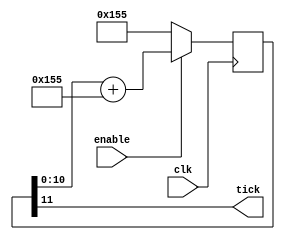
/* verilator lint_off WIDTHTRUNC */
/* verilator lint_off WIDTHEXPAND */

module uart_baud(
	input clk, enable,
	output tick  // generate a tick at the specified baud rate * oversampling
);
    parameter ClkFrequency = 12000000;
    parameter Baud = 2000000;
    parameter Oversampling = 1;

    function integer log2(input integer v); begin log2=0; while(v>>log2) log2=log2+1; end endfunction
    localparam AccWidth = log2(ClkFrequency/Baud)+8;  // +/- 2% max timing error over a byte
    reg [AccWidth:0] Acc = 0;
    localparam ShiftLimiter = log2(Baud*Oversampling >> (31-AccWidth));  // this makes sure Inc calculation doesn't overflow
    localparam Inc = ((Baud*Oversampling << (AccWidth-ShiftLimiter))+(ClkFrequency>>(ShiftLimiter+1)))/(ClkFrequency>>ShiftLimiter);
    always @(posedge clk) if(enable) Acc <= Acc[AccWidth-1:0] + Inc[AccWidth:0]; else Acc <= Inc[AccWidth:0];
    assign tick = Acc[AccWidth];
endmodule